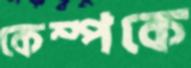
কেম্পকে